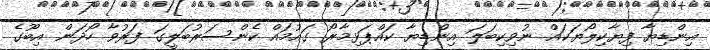
އިންޑިޔާ ފިޔާކިލޯޔަކައް ނުވިކިބަލަ އިންޑިޔާ ކައްޕަޅިމާރޯ ގައުމައް ކެންސަރުބަލީގަ ފަރުވާ ހޯދަން އިބޫގެ